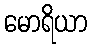
မောရိယာ